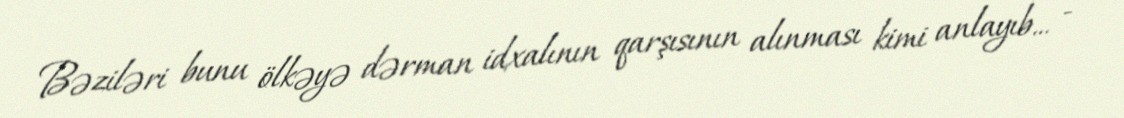
Bəziləri bunu ölkəyə dərman idxalının qarşısının alınması kimi anlayıb... -